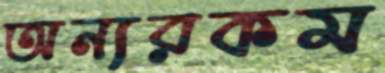
অন্যরকম